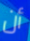
أن